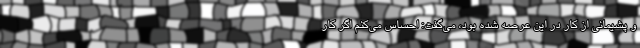
و پشیمانی از کار در این عرصه شده بود، می‌گفت:‌ احساس می‌کنم اگر کار